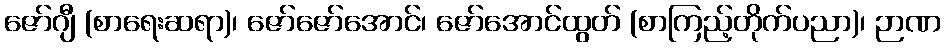
ဇော်ဂျီ (စာရေးဆရာ)၊ ဇော်ဇော်အောင်၊ ဇော်အောင်ထွတ် (စာကြည့်တိုက်ပညာ)၊ ဉာဏ